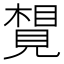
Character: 𧡮